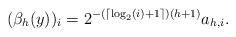
LaTeX: \begin{align*} (\beta_h(y))_i=2^{-(\lceil \log_2(i)+1\rceil)(h+1)}a_{h,i}.\end{align*}